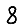
Digit: 8